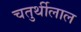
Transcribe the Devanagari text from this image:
चतुर्थीलाल